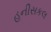
હનીસકલ